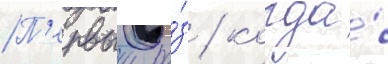
П'ервыи ра́з / когда́